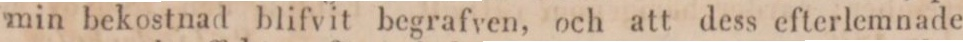
min bekostnad blifvit begrafven, och att dess efterlemnade